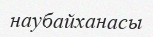
наубайханасы